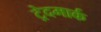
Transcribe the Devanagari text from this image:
ट्रेदमार्क